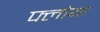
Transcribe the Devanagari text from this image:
फ्लोया